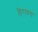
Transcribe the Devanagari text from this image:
हिरान्नया